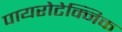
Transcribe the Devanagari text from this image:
पायरोटेक्निक